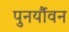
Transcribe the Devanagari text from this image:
पुनर्यौवन